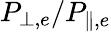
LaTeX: {P_{\bot,e}}/{P_{\parallel,e}}